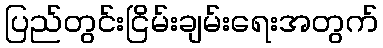
ပြည်တွင်းငြိမ်းချမ်းရေးအတွက်